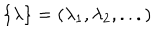
LaTeX: \{ \lambda \} = ( \lambda _ { 1 } , \lambda _ { 2 } , . . . )